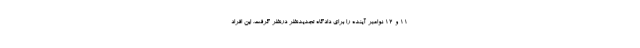
11 و 12 نوامبر آینده را برای دادگاه تجدیدنظر درنظر گرفت. این افراد